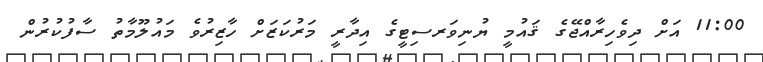
11:00 އަށް ދިވެހިރާއްޖޭގެ ޤައުމީ ޔުނިވަރސިޓީގެ އިދާރީ މަރުކަޒަށް ހާޒިރުވެ މައުލޫމާތު ސާފުކުރުން